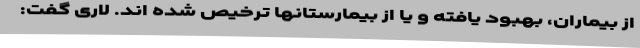
از بیماران، بهبود یافته و یا از بیمارستانها ترخیص شده اند. لاری گفت: